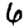
Digit: 6